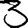
Digit: 3